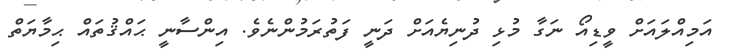
އަމިއްލައަށް ވީޑިއޯ ނަގާ މުޅި ދުނިޔެއަށް ދަނީ ފަތުރަމުންނެވެ. އިންސާނީ ޙައްޤުތައް ޙިމާޔަތް